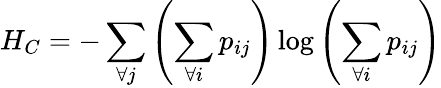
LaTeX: H_{C}=-\sum_{\forall j}\left(\sum_{\forall i}p_{ij}\right)\log\left(\sum_{\forall i}p_{ij}\right)